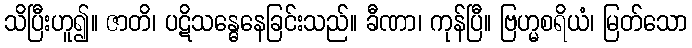
သိပြီးဟူ၍။ ဇာတိ၊ ပဋိသန္ဓေနေခြင်းသည်။ ခီဏာ၊ ကုန်ပြီ။ ဗြဟ္မစရိယံ၊ မြတ်သော